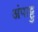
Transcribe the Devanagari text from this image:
अंपाट्टु